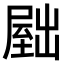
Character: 𫥫